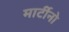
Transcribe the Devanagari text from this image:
मार्टीनो